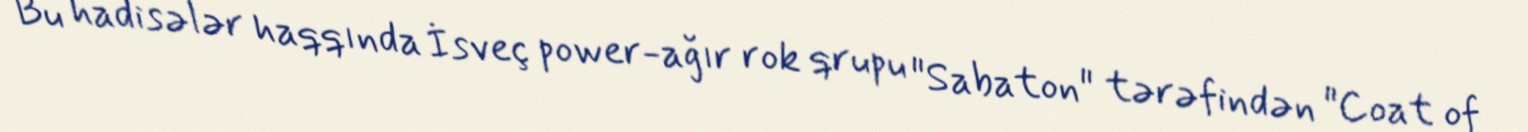
Bu hadisələr haqqında İsveç power-ağır rok qrupu "Sabaton" tərəfindən "Coat of